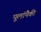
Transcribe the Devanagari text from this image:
पूलांपैकी